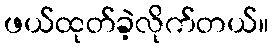
ဖယ်ထုတ်ခဲ့လိုက်တယ်။